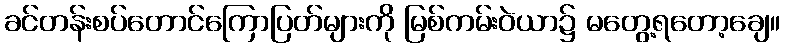
ခင်တန်းစပ်တောင်ကြောပြတ်များကို မြစ်ကမ်းဝဲယာ၌ မတွေ့ရတော့ချေ။